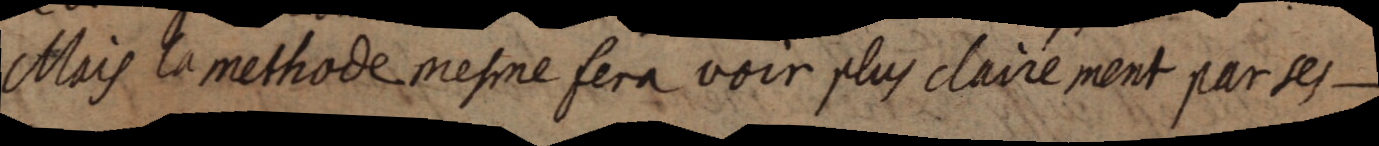
Mais la methode mesme fera voir plus clairement par ses